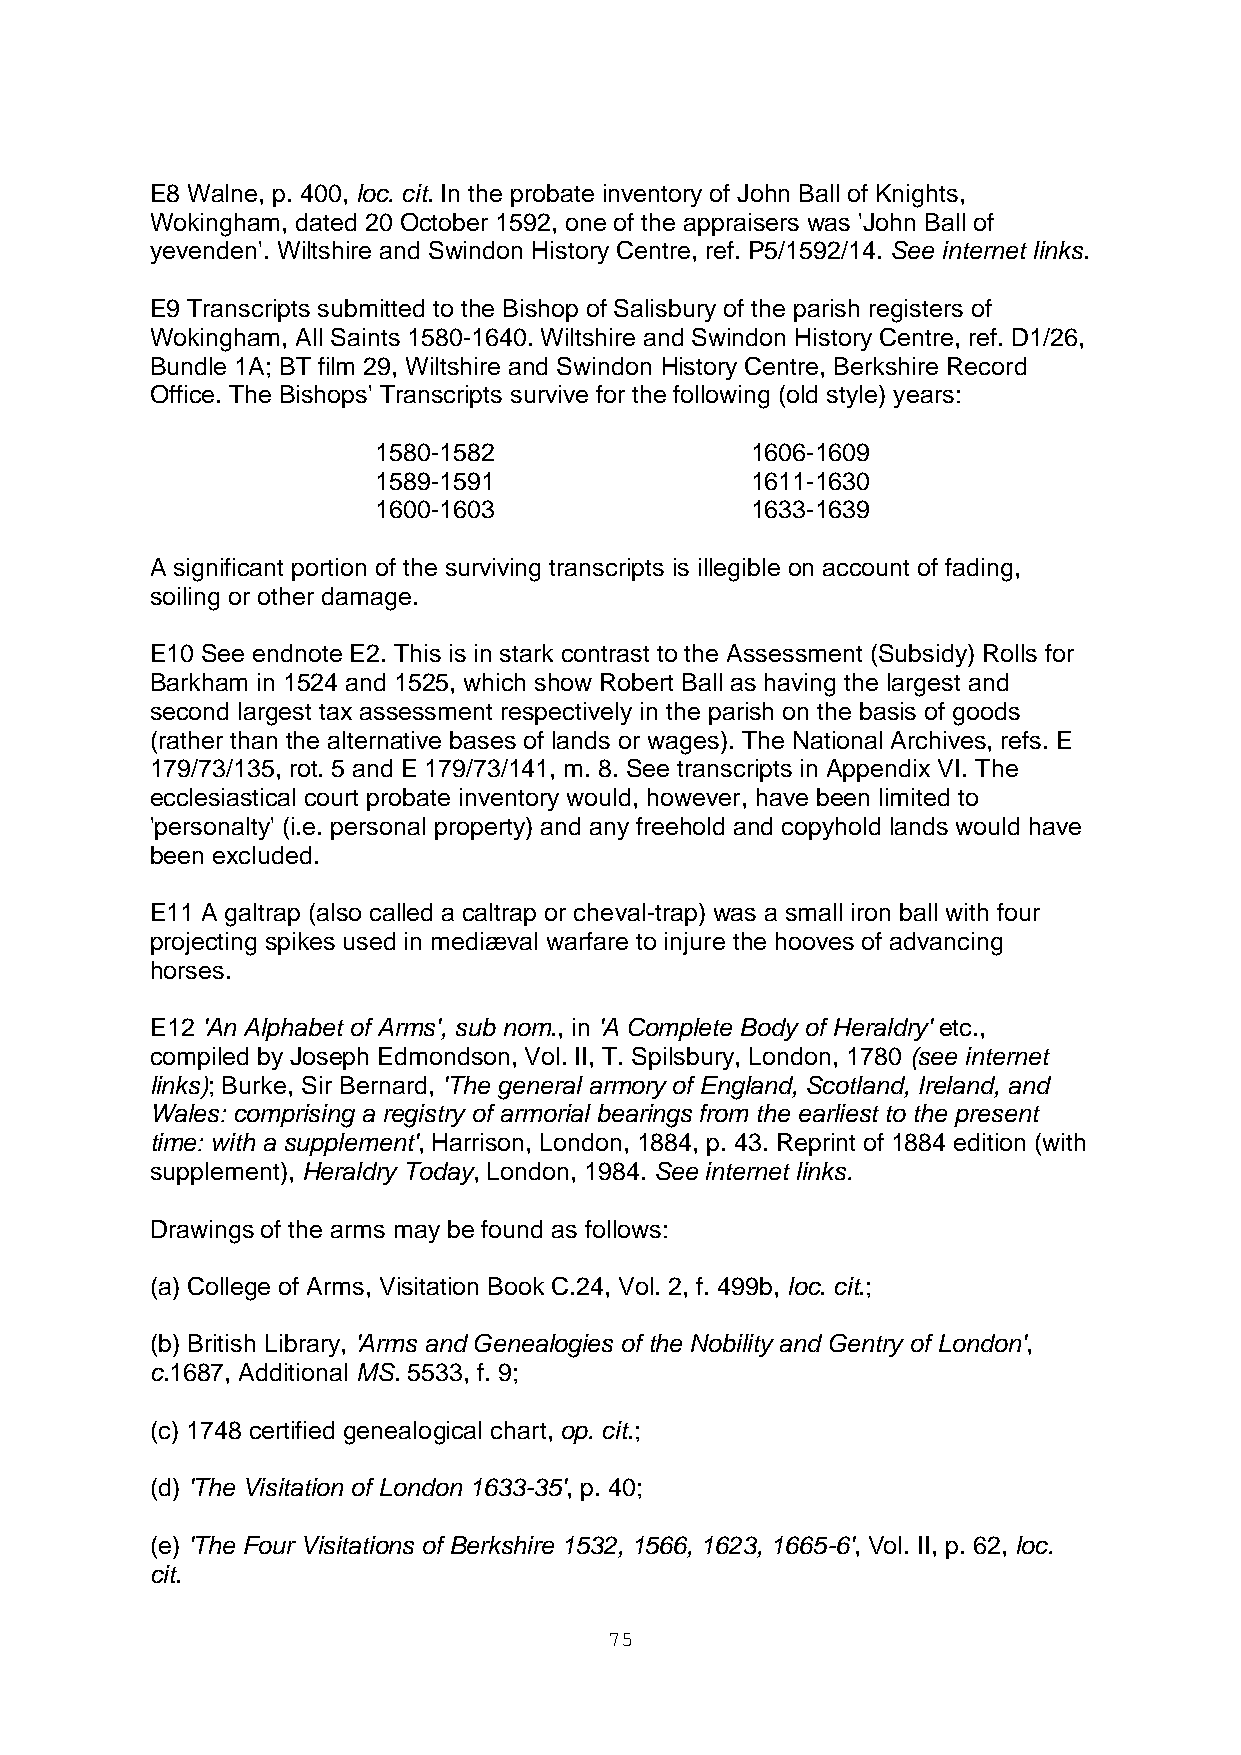
E8 Walne, p. 400, loc. cit. In the probate inventory of John Ball of Knights,
 Wokingham, dated 20 October 1592, one of the appraisers was 'John Ball of
 yevenden'. Wiltshire and Swindon History Centre, ref. P5/1592/14. See internet links.
 E9 Transcripts submitted to the Bishop of Salisbury of the parish registers of
 Wokingham, All Saints 1580-1640. Wiltshire and Swindon History Centre, ref. D1/26,
 Bundle 1A; BT film 29, Wiltshire and Swindon History Centre, Berkshire Record
 Office. The Bishops' Transcripts survive for the following (old style) years:
 1580-1582                1606-1609
 1589-1591                1611-1630
 1600-1603                1633-1639
 A significant portion of the surviving transcripts is illegible on account of fading,
 soiling or other damage.
 E10 See endnote E2. This is in stark contrast to the Assessment (Subsidy) Rolls for
 Barkham in 1524 and 1525, which show Robert Ball as having the largest and
 second largest tax assessment respectively in the parish on the basis of goods
 (rather than the alternative bases of lands or wages). The National Archives, refs. E
 179/73/135, rot. 5 and E 179/73/141, m. 8. See transcripts in Appendix VI. The
 ecclesiastical court probate inventory would, however, have been limited to
 'personalty' (i.e. personal property) and any freehold and copyhold lands would have
 been excluded.
 E11 A galtrap (also called a caltrap or cheval-trap) was a small iron ball with four
 projecting spikes used in mediæval warfare to injure the hooves of advancing
 horses.
 E12 'An Alphabet of Arms', sub nom., in 'A Complete Body of Heraldry' etc.,
 compiled by Joseph Edmondson, Vol. II, T. Spilsbury, London, 1780 (see internet
 links); Burke, Sir Bernard, 'The general armory of England, Scotland, Ireland, and
 Wales: comprising a registry of armorial bearings from the earliest to the present
 time: with a supplement', Harrison, London, 1884, p. 43. Reprint of 1884 edition (with
 supplement), Heraldry Today, London, 1984. See internet links.
 Drawings of the arms may be found as follows:
 (a) College of Arms, Visitation Book C.24, Vol. 2, f. 499b, loc. cit.;
 (b) British Library, 'Arms and Genealogies of the Nobility and Gentry of London',
 c.1687, Additional MS. 5533, f. 9;
 (c) 1748 certified genealogical chart, op. cit.;
 (d) 'The Visitation of London 1633-35', p. 40;
 (e) 'The Four Visitations of Berkshire 1532, 1566, 1623, 1665-6', Vol. II, p. 62, loc.
 cit.
 75